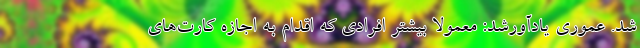
شد. عموری یادآورشد: معمولا بیشتر افرادی که اقدام به اجازه کارت‌های